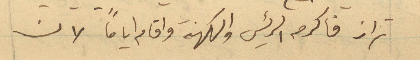
تراز فاكرمه الرئيس والكهنة واقام اياماً لان